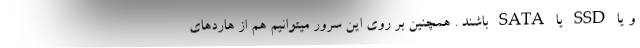
و یا SSD یا SATA باشند . همچنین بر روی این سرور میتوانیم هم از هاردهای